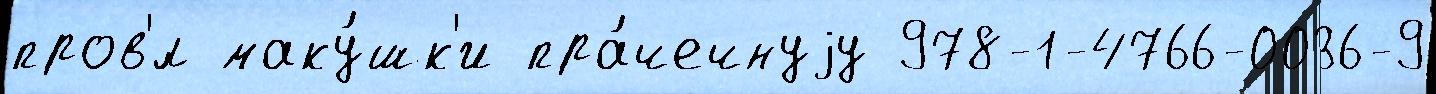
пров'́л маку́шк'и пра́чечнуjу 978-1-4766-0036-9